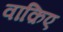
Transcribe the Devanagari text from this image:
वाक़िए